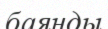
баянды